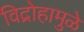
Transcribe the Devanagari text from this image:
विद्रोहामुळे